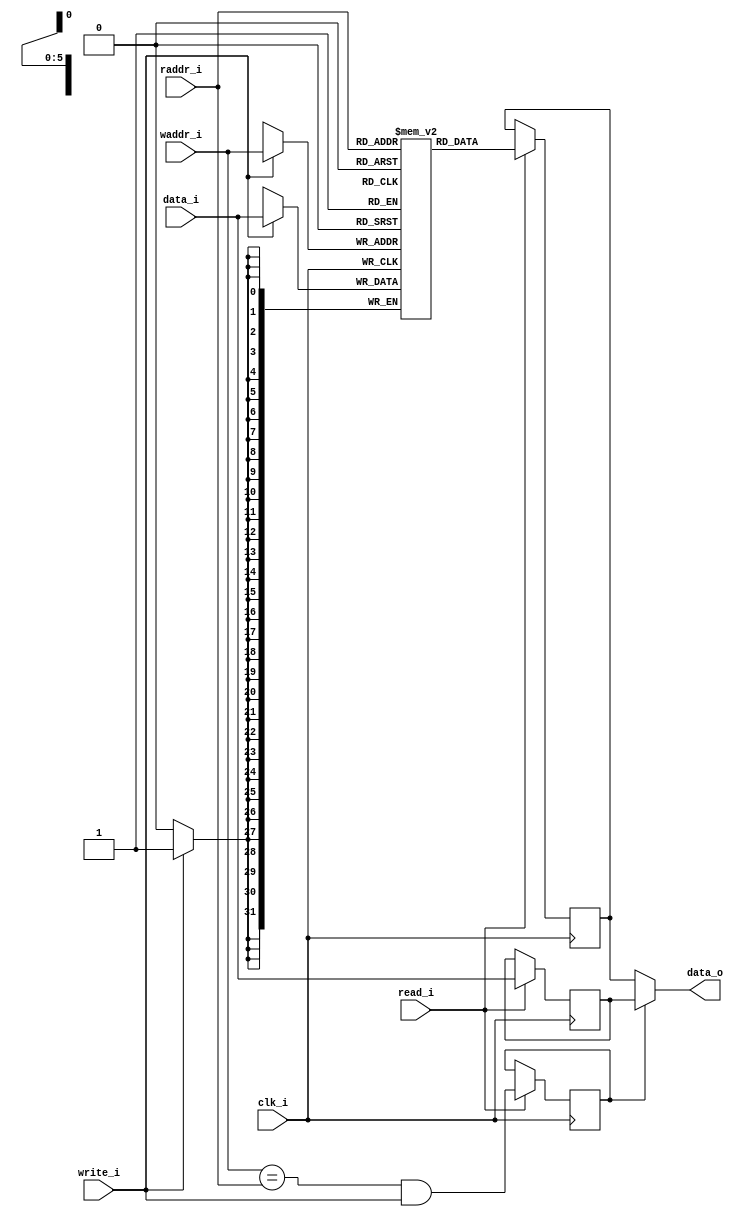
`ifndef BRAM_DUAL_RE_GUARD
`define BRAM_DUAL_RE_GUARD

// Dual port inferred block ram with read enable

module bram_dual_re
  #(
    parameter memSize_p = 6,
    parameter XLEN = 32
  )
  (
    input wire clk_i,
    input wire write_i,
    input wire read_i,
    input wire [XLEN-1:0] data_i,

    input wire [(memSize_p - 1):0]  waddr_i,
    input wire [(memSize_p - 1):0]  raddr_i,

    output wire [(XLEN - 1):0] data_o
  );

  reg [(XLEN-1):0] memory [2**memSize_p-1:0] /* synthesis syn_ramstyle = "no_rw_check" */;
  reg [(XLEN-1):0] bram_out = 0;
  reg [(XLEN-1):0] writethrough = 0;

  wire writethrough_condition = (waddr_i == raddr_i) && write_i;
  reg writethrough_satisfied = 0;

  assign data_o = writethrough_satisfied ? writethrough : bram_out;

  always @(posedge clk_i) begin
    if (write_i)
      memory[waddr_i] <= data_i;
  end

  always @(posedge clk_i) begin
    if (read_i) begin
      bram_out <= memory[raddr_i];
      writethrough <= data_i;
      writethrough_satisfied <= writethrough_condition;
    end
  end

  `ifdef FORMAL
    // FORMAL prove
    reg timeValid_f = 0;
    always @(posedge clk_i) timeValid_f <= 1;

    always @(posedge clk_i) begin
      // Check that data is correctly written
      if (timeValid_f && $past(write_i)) begin
        assert(memory[$past(waddr_i)] == $past(data_i));
      end

      // // Check that data will be correctly read on the next clock
      // if (timeValid_f && $past(write_i) && read_i && raddr_i == $past(waddr_i)) begin
      //   assert(data_o == $past(data_i));
      // end
    end

  `endif

endmodule
`endif // BRAM_DUAL_RE_GUARD